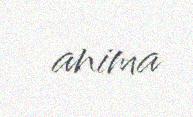
anima